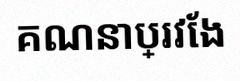
គណនាប្រវែង